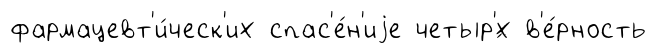
фармацевт'и́ческ'их спас'е́н'иjе четыр'́х в'е́рность